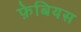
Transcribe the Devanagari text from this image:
फ़ेबियस